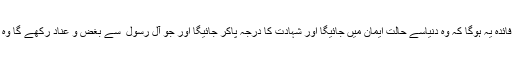
اور احادیث کریمہ سے استدلال کرتے ہوئے فرمایا کہ آل رسول ؐ سے محبت کرنے کا فائدہ یہ ہوگا کہ وہ دنیاسے حالت ایمان میں جائیگا اور شہادت کا درجہ پاکر جائیگا اور جو آل رسول ؐ سے بغض و عناد رکھے گا وہ منافق ہوکر جہنم رسید ہوگا اور جس نے آل عباء پر ظلم کیا وہ جنت سے محروم ہوگیا ۔